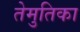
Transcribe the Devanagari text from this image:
तेमुतिका